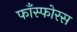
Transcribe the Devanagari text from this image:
फाँस्फोरस